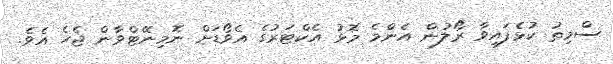
ސްމިތު ކުޅެފައިވާ ރޯލުން އެންމެ މޮޅު އެކްޓަރުގެ އެވޯޑަށް ނޮމިނޭޓްވާން ޖެހެ އެވެ.